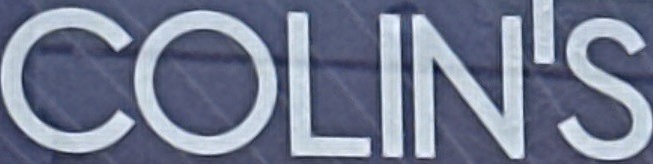
COLIN'S